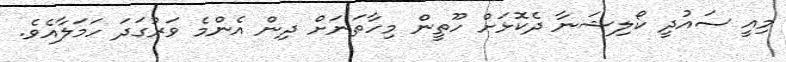
މިއީ ސައުދީ ކޯލިޝަނާ ދެކޮޅަށް ހޫތީން މިހާތަނަށް ދިން އެންމެ ވަރުގަދަ ހަމަލާއެވެ.